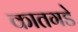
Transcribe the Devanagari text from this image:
कातगडे